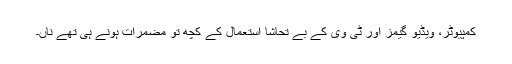
کمپیوٹر، ویڈیو گیمز اور ٹی وی کے بے تحاشا استعمال کے کچھ تو مضمرات ہونے ہی تھے ناں۔